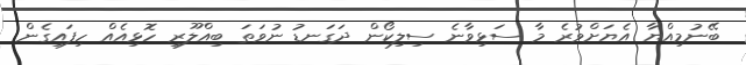
ބޭނުމިއްޔާ އެޔަށްވުރެ މާ ސަޅިވާނެ ސިލިކޯން ދަގަނޑު ނުވަތަ ބިއްލޫރި ހޮޅިއެއް ހިފައިގެން